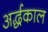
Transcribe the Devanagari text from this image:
अर्द्धकाल